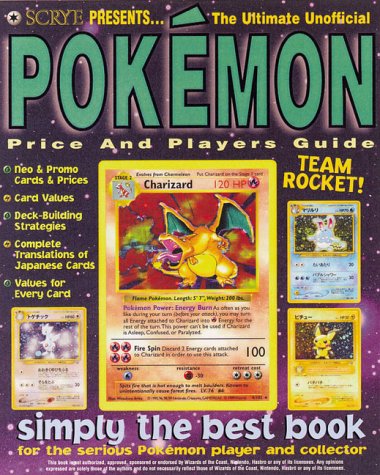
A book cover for Scrye Presents! the Ultimate Unofficial Pokemon Price & Players Guide; Computers & Technology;